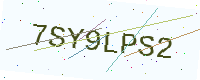
Text: 7SY9LPS2